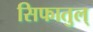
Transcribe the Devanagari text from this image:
सिफातुल्